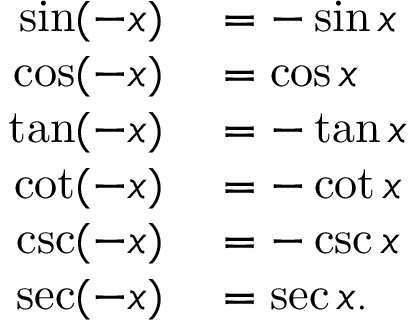
\begin{array} { r l } { \sin ( - x ) } & { { } = - \sin x } \\ { \cos ( - x ) } & { { } = \cos x } \\ { \tan ( - x ) } & { { } = - \tan x } \\ { \cot ( - x ) } & { { } = - \cot x } \\ { \csc ( - x ) } & { { } = - \csc x } \\ { \sec ( - x ) } & { { } = \sec x . } \end{array}